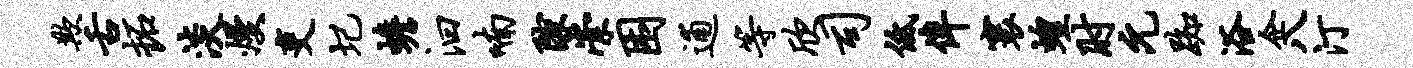
欺舌拓淡熳吏圮蟾汩喃隙崇困逋等欣司低侔寰蝗肘元踟浴企八汀